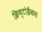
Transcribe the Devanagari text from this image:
क्रिष्टोब्रैंकस